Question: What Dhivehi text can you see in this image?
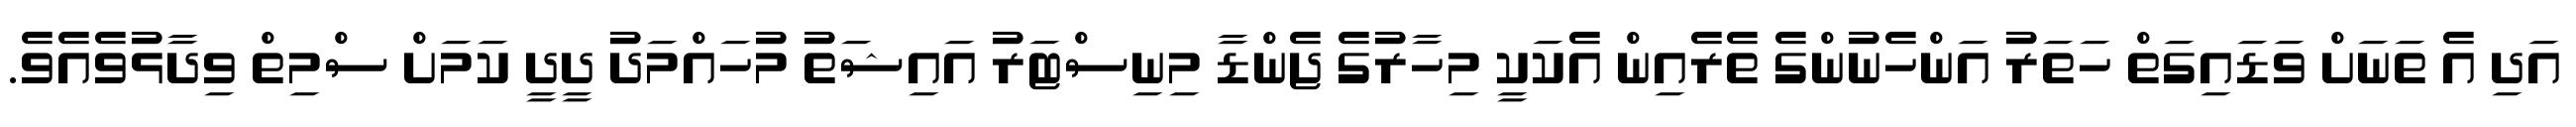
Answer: އަދި އެ ތަނަށް ވަޑައިގަތް ހަތަރު އަންހެނުންގެ ތެރެއިން އެކަކީ މިހާރުގެ ޖެންޑާ މިނިސްޓަރު އައިޝަތު މުހައްމަދު ދީދީ ކަމަށް ސްމިތް ވިދާޅުވެއެވެ.